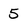
Character: 5